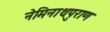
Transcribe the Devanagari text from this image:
नेमिनाथपुराण